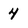
Character: 4